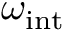
\omega _ { \mathrm { i n t } }